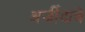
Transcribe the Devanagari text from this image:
अर्जीदावे